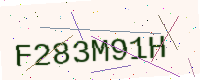
Text: F283M91H